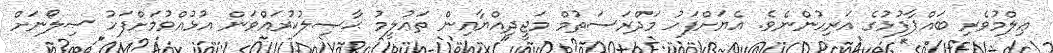
ޢިލްމުވެރި ބައްޕާފުޅުގެ އަރިހުންނެވެ. އެޔަށްފަހު މަދްރަސަތުމް މަޖީދިއްޔާއިން ތަޢުލީމު ޙާޞިލުކުރައްވަން އުޅުއްވުމަށްފަހު ސިލޯނަށް